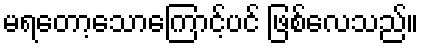
မရတော့သောကြောင့်ပင် ဖြစ်လေသည်။